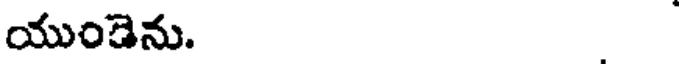
యుండెను.